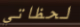
لحظاتي